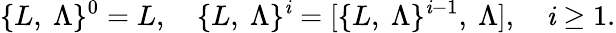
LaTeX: \{ L,\ \Lambda\} ^{0}=L,\quad\{ L,\ \Lambda\} ^{\mathit{i}}=[\{ L,\ \Lambda\} ^{\mathit{i}-1},\ \Lambda],\quad\mathit{i}\ge1.